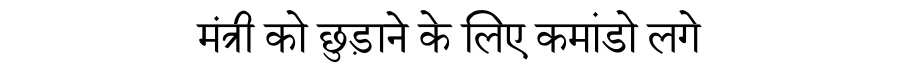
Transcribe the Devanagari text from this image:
मंत्री को छुड़ाने के लिए कमांडो लगे